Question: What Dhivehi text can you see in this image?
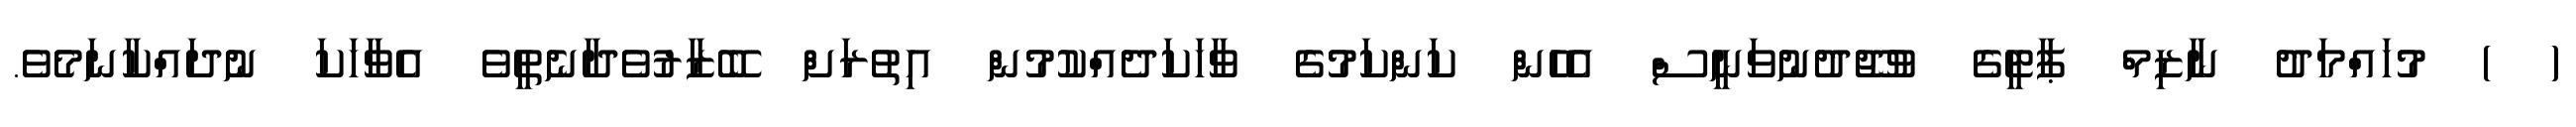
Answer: ( ) މުހައްމަދު ނާޒިމް ޕާޓީގެ ވުޖޫދުނުވަނީސް އެހެން ކަންކަމުގެ ވާހަކަދެއްކުމުން އިތުރަށް ބޭޒާރުވެދާނެތީވެ އެވާހަކަ ނުދައްކާނަމެވެ.